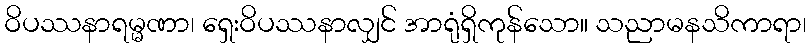
ဝိပဿနာရမ္မဏာ၊ ရှေးဝိပဿနာလျှင် အာရုံရှိကုန်သော။ သညာမနသိကာရာ၊